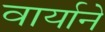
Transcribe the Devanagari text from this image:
वार्याने